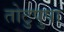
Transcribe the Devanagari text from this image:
तोटुपुषा